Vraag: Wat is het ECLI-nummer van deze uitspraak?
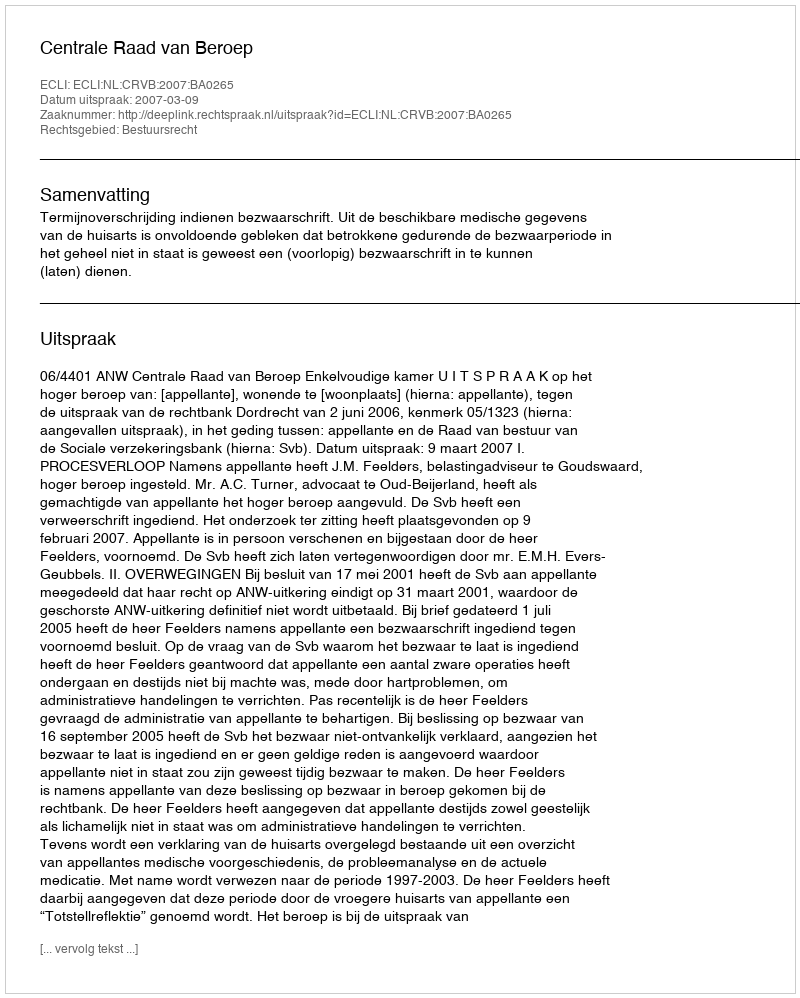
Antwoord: ECLI:NL:CRVB:2007:BA0265